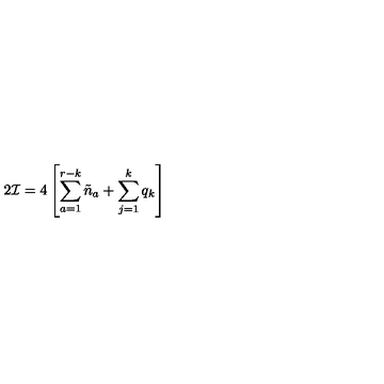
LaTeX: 2 { \cal I } = 4 \left[ \sum _ { a = 1 } ^ { r - k } \tilde { n } _ { a } + \sum _ { j = 1 } ^ { k } q _ { k } \right]